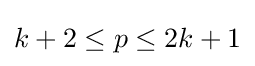
k+2\leq p\leq 2k+1